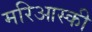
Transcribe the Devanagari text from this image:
मरिआस्की